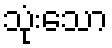
သုံးသော